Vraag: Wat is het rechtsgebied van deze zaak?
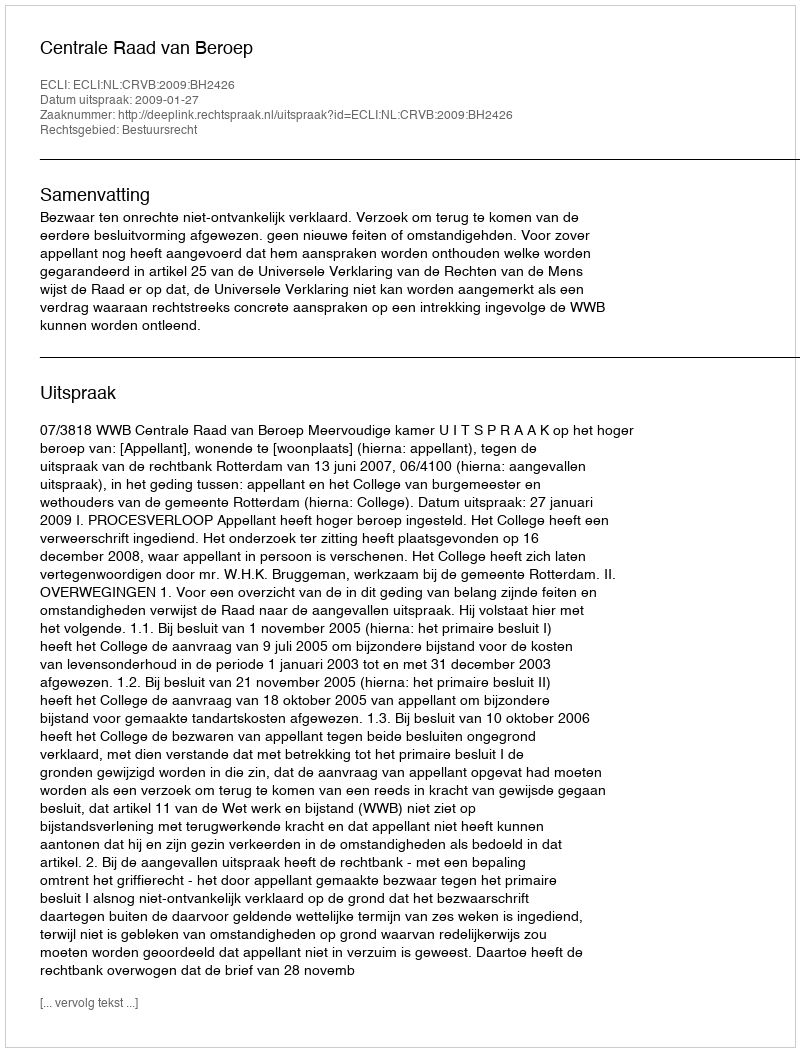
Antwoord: Bestuursrecht